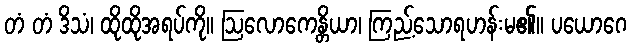
တံ တံ ဒိသံ၊ ထိုထိုအရပ်ကို။ ဩလောကေန္တိယာ၊ ကြည့်သောရဟန်းမ၏။ ပယောဂေ